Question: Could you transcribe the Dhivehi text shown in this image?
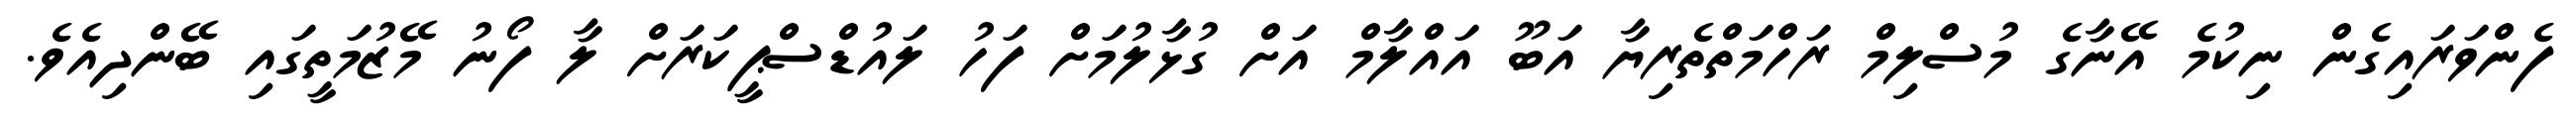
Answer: ފެންވަރައިގެން ނިކުމެ އޭނާގެ މުސްލިމް ރަހްމަތްތެރިޔާ އަބޫ އައްލާމް އަށް ގުޅާލުމަށް ފަހު ލައުޑްސްޕީކަރަށް ލާ ފޯނު މޭޒުމަތީގައި ބޭންދިއެވެ.